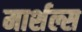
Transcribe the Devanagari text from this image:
मार्शल्स